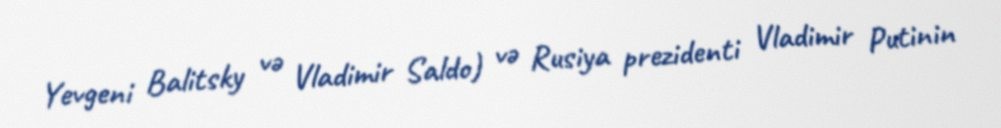
Yevgeni Balitsky və Vladimir Saldo) və Rusiya prezidenti Vladimir Putinin